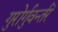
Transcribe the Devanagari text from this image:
गुरोर्गुवर्न्तरं